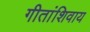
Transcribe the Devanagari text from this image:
गीतांशिवाय